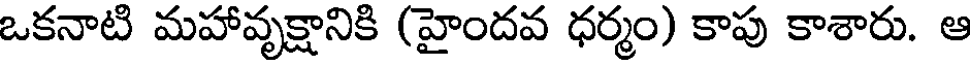
ఒకనాటి మహావృక్షానికి (హైందవ ధర్మం) కాపు కాశారు. ఆ